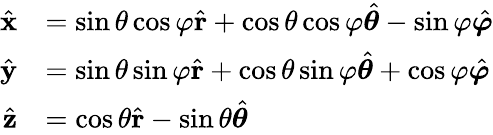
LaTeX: {\begin{array}{rl}{{\hat{\mathbf{x}}}}&{=\sin\theta\cos\varphi{\hat{\mathbf{r}}}+\cos\theta\cos\varphi{\hat{\boldsymbol{\theta}}}-\sin\varphi{\hat{\boldsymbol{\varphi}}}}\\ {{\hat{\mathbf{y}}}}&{=\sin\theta\sin\varphi{\hat{\mathbf{r}}}+\cos\theta\sin\varphi{\hat{\boldsymbol{\theta}}}+\cos\varphi{\hat{\boldsymbol{\varphi}}}}\\ {{\hat{\mathbf{z}}}}&{=\cos\theta{\hat{\mathbf{r}}}-\sin\theta{\hat{\boldsymbol{\theta}}}}\end{array}}